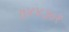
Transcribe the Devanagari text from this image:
७४४३०१